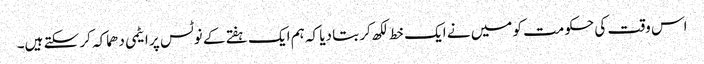
اس وقت کی حکومت کو میں نے ایک خط لکھ کر بتا دیا کہ ہم ایک ہفتے کے نوٹس پر ایٹمی دھماکہ کر سکتے ہیں۔